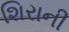
શિરાની